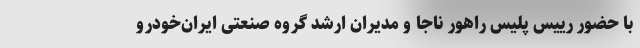
با حضور رییس پلیس راهور ناجا و مدیران ارشد گروه صنعتی ایران‌خودرو